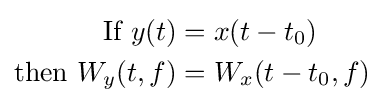
{\begin{aligned}{\text{If }}y(t)&=x(t-t_{0})\\{\text{then }}W_{y}(t,f)&=W_{x}(t-t_{0},f)\end{aligned}}